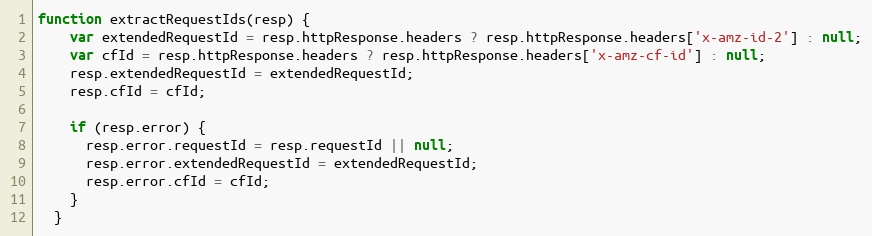
Language: JavaScript
function extractRequestIds(resp) {
    var extendedRequestId = resp.httpResponse.headers ? resp.httpResponse.headers['x-amz-id-2'] : null;
    var cfId = resp.httpResponse.headers ? resp.httpResponse.headers['x-amz-cf-id'] : null;
    resp.extendedRequestId = extendedRequestId;
    resp.cfId = cfId;

    if (resp.error) {
      resp.error.requestId = resp.requestId || null;
      resp.error.extendedRequestId = extendedRequestId;
      resp.error.cfId = cfId;
    }
  }